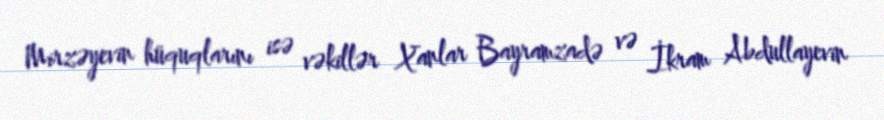
Mirzəyevin hüquqlarını isə vəkillər Xanlar Bayramzadə və İkram Abdullayevin